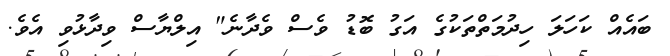
ބައެއް ކަހަލަ ހިދުމަތްތަކުގެ އަގު ބޮޑު ވެސް ވެދާނެ" އިލްޔާސް ވިދާޅުވި އެވެ.